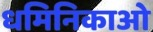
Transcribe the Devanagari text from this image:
धमिनिकाओ